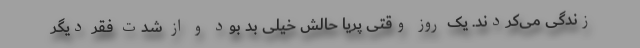
زندگی می‌کردند. یک روز وقتی پریا حالش خیلی بد بود و از شدت فقر دیگر